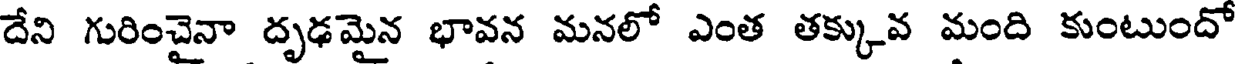
దేని గురించైనా దృఢమైన భావన మనలో ఎంత తక్కువ మంది కుంటుందో